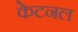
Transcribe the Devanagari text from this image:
केटनल